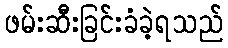
ဖမ်းဆီးခြင်းခံခဲ့ရသည်